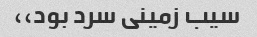
سیب زمینی سرد بود،،